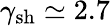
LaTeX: \gamma_{\mathrm{sh}}\simeq 2.7